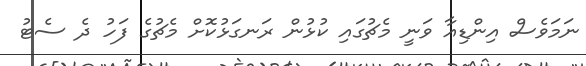
ނަމަވެސް އިންޑިއާ ވަނީ މެޗުގައި ކުޅުން ރަނގަޅުކޮށް މެޗުގެ ފަހު ދެ ސެޓު